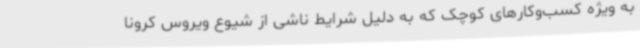
به ویژه کسب‌وکارهای کوچک که به دلیل شرایط ناشی از شیوع ویروس کرونا